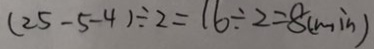
( 2 5 - 5 - 4 ) \div 2 = 1 6 \div 2 = 8 ( \min )